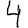
Digit: 4